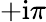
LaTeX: +\mathrm{i}\pi